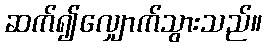
ဆက်၍လျှောက်သွားသည်။